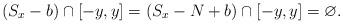
LaTeX: \begin{align*}(S_x-b)\cap[-y,y]=(S_x-N+b)\cap [-y,y] = \varnothing. \end{align*}